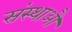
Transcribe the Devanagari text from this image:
संस्थाऔं